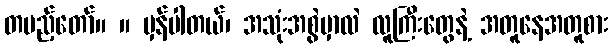
တပည့်တော်။ ။ မှန်ပါတယ်၊ အသုံးအစွဲမှာလဲ လူကြီးတွေနဲ့ အတူနေအတူစား